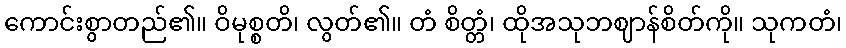
ကောင်းစွာတည်၏။ ဝိမုစ္စတိ၊ လွတ်၏။ တံ စိတ္တံ၊ ထိုအသုဘဈာန်စိတ်ကို။ သုကတံ၊